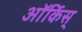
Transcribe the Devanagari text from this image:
ऑर्किस्